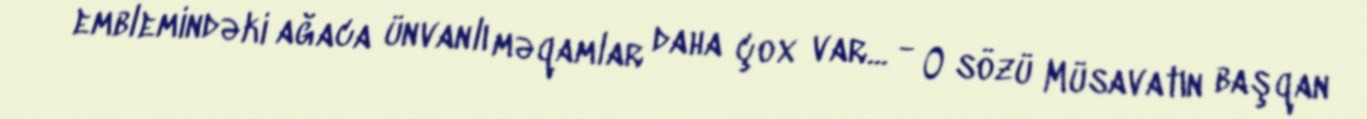
emblemindəki ağaca ünvanlı məqamlar daha çox var... - O sözü Müsavatın başqan